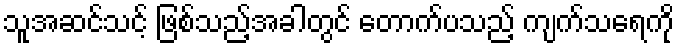
သူအဆင်သင့် ဖြစ်သည့်အခါတွင် တောက်ပသည့် ကျက်သရေကို